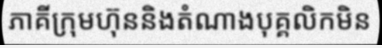
ភាគីក្រុមហ៊ុននិងតំណាងបុគ្គលិកមិន